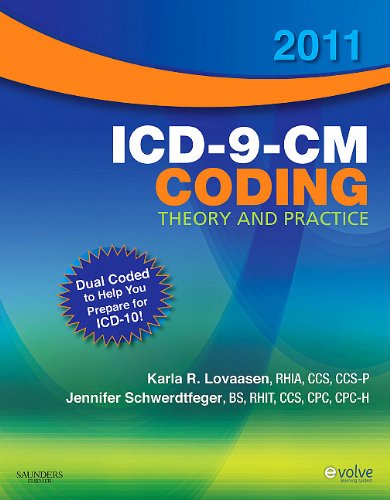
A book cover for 2011 ICD-9-CM Coding Theory and Practice with ICD-10, 1e; Karla R. Lovaasen RHIA  CCS  CCS-P; Medical Books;